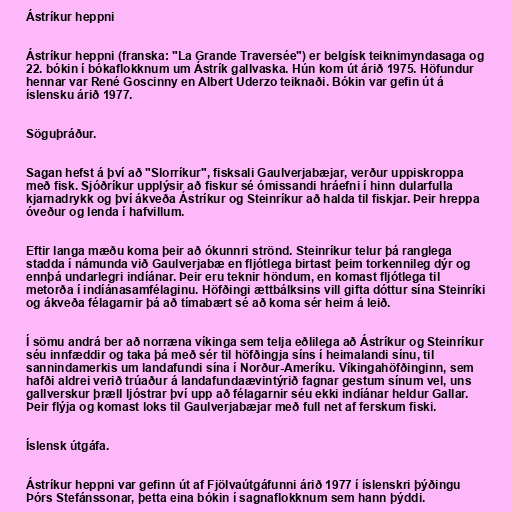
Ástríkur heppni

Ástríkur heppni (franska: "La Grande Traversée") er belgísk teiknimyndasaga og
22. bókin í bókaflokknum um Ástrík gallvaska. Hún kom út árið 1975. Höfundur
hennar var René Goscinny en Albert Uderzo teiknaði. Bókin var gefin út á
íslensku árið 1977.

Söguþráður.

Sagan hefst á því að "Slorríkur", fisksali Gaulverjabæjar, verður uppiskroppa
með fisk. Sjóðríkur upplýsir að fiskur sé ómissandi hráefni í hinn dularfulla
kjarnadrykk og því ákveða Ástríkur og Steinríkur að halda til fiskjar. Þeir hreppa
óveður og lenda í hafvillum.

Eftir langa mæðu koma þeir að ókunnri strönd. Steinríkur telur þá ranglega
stadda í námunda við Gaulverjabæ en fljótlega birtast þeim torkennileg dýr og
ennþá undarlegri indíánar. Þeir eru teknir höndum, en komast fljótlega til
metorða í indíánasamfélaginu. Höfðingi ættbálksins vill gifta dóttur sína Steinríki
og ákveða félagarnir þá að tímabært sé að koma sér heim á leið.

Í sömu andrá ber að norræna víkinga sem telja eðlilega að Ástríkur og Steinríkur
séu innfæddir og taka þá með sér til höfðingja síns í heimalandi sínu, til
sannindamerkis um landafundi sína í Norður-Ameríku. Víkingahöfðinginn, sem
hafði aldrei verið trúaður á landafundaævintýrið fagnar gestum sínum vel, uns
gallverskur þræll ljóstrar því upp að félagarnir séu ekki indíánar heldur Gallar.
Þeir flýja og komast loks til Gaulverjabæjar með full net af ferskum fiski.

Íslensk útgáfa.

Ástríkur heppni var gefinn út af Fjölvaútgáfunni árið 1977 í íslenskri þýðingu
Þórs Stefánssonar, þetta eina bókin í sagnaflokknum sem hann þýddi.